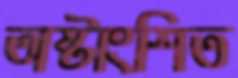
অষ্টাংশিত